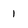
Character: 1